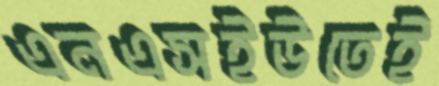
এনএসইউতেই